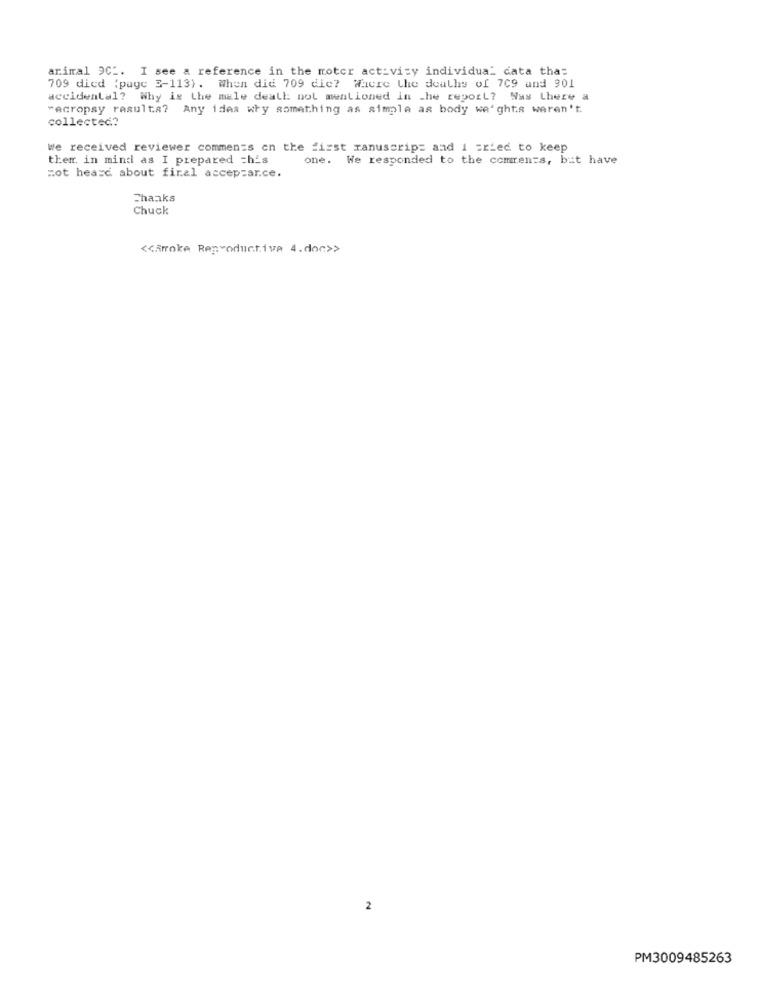
animal 9CL. I see a reference in the motor activity individual cata thas
709 died (paye 3-113). When did 709 die? Where the deaths of 709 and 901
accidental? Why is the male deall: not mentioned in the report? Was there a
"ecropsy resulta? Any idea why something as simple as body we'ghts weren't.
collected?
We received reviewer comments on the first ranuscrips and I cried to keep
them. in mind as I prepared =his
one. We responded to the comments, but have
mot heard about final accepzarce.
Thanks
Chuck
<< Arroke Reproductive 4.doc>>
2
PM3009485263